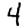
Digit: 4